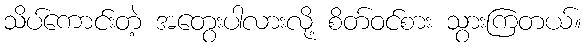
သိပ်ကောင်းတဲ့ အတွေးပါလားလို့ စိတ်ဝင်စား သွားကြတယ်။